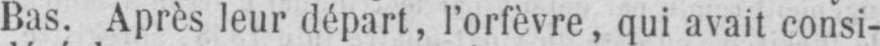
Bas. Après leur départ, l’orfèvre, qui avait consi-